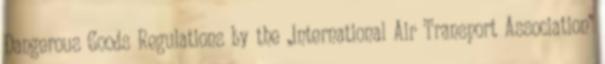
Dangerous Goods Regulations by the „International Air Transport Association”